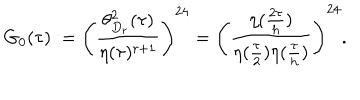
G _ { 0 } ( \tau ) : = \left( \frac { \theta _ { D _ { r } } ^ { 2 } ( \tau ) } { \eta ( \tau ) ^ { r + 1 } } \right) ^ { 2 4 } = \left( \frac { \eta ( \frac { 2 \tau } { h } ) } { \eta ( \frac { \tau } { 2 } ) \eta ( \frac { \tau } { h } ) } \right) ^ { 2 4 } .